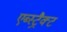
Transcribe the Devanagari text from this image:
एब्स्ट्रैक्ट